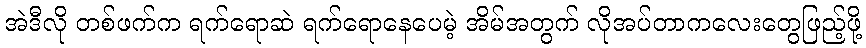
အဲဒီလို တစ်ဖက်က ရက်ရောဆဲ ရက်ရောနေပေမဲ့ အိမ်အတွက် လိုအပ်တာကလေးတွေဖြည့်ဖို့